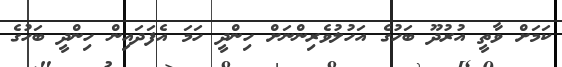
ކަމަށް ވާތީ އުރުދޫ ބަހުގެ އަހުލުވެރިންނަށް ހިންދީ ހަމަ އެފަދައިން ހިންދީ ބަހުގެ